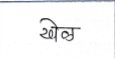
मजकूर: खेळ